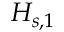
\boldsymbol { H _ { s , 1 } }